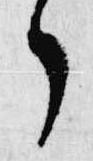
了